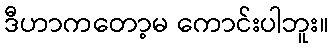
ဒီဟာကတော့မ ကောင်းပါဘူး။